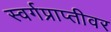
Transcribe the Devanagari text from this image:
स्वर्गप्राप्तीवर